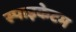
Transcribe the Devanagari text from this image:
स्पाइकेटम